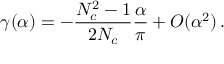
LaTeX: \gamma ( \alpha ) = - \frac { N _ { c } ^ { 2 } - 1 } { 2 N _ { c } } \frac { \alpha } { \pi } + O ( \alpha ^ { 2 } ) \, .